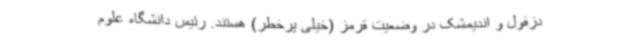
دزفول و اندیمشک در وضعیت قرمز (خیلی پرخطر) هستند. رئیس دانشگاه علوم